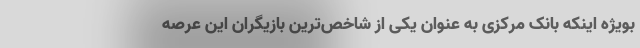
بویژه اینکه بانک مرکزی به عنوان یکی از شاخص‌ترین بازیگران این عرصه